Lunatic asylums in Bengal annual reports 1888-1898 - 1888-1898
Year: 1888
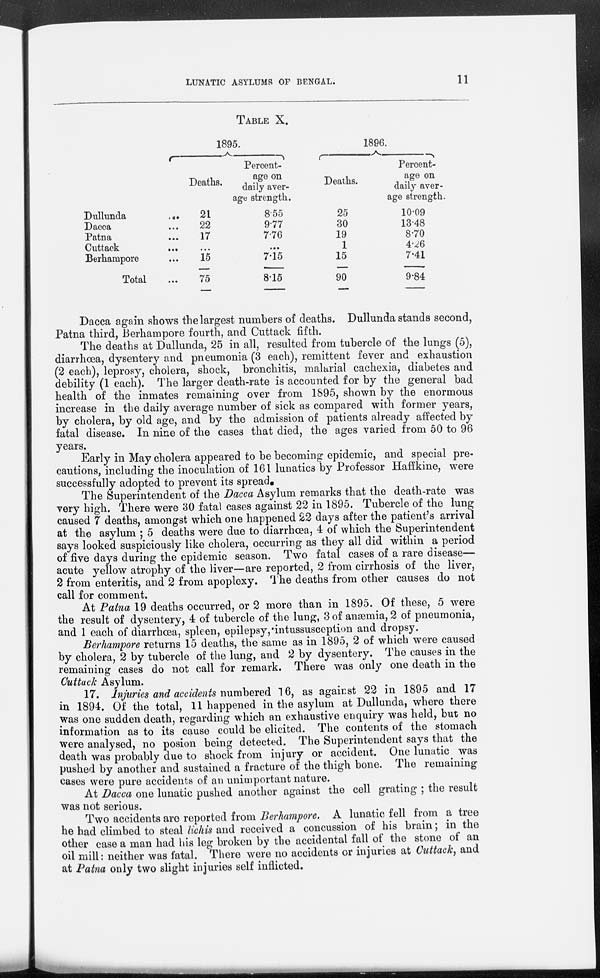
LUNATIC ASYLUMS OF BENGAL.
11
TABLE X.
Dullunda
...
Dacca ...
Patna ...
Cuttack
...
Berhampore ...
Total ...
1895.
Deaths.
21
22
17
...
15
75
Percent-
age on
daily aver-
age strength.
8.55
9.77
7.76
...
7.15
8.15
1896.
Deaths.
25
30
19
1
15
90
Percent-
age on
daily aver-
age strength.
10.09
13.48
8.70
4.26
7.41
9.84
Dacca again shows the largest numbers of deaths. Dullunda stands second,
Patna third, Berhampore fourth, and Cuttack fifth.
The deaths at Dullunda, 25 in all, resulted from tubercle of the lungs (5),
diarrhœa, dysentery and pneumonia (3 each), remittent fever and exhaustion
(2 each), leprosy, cholera, shock, bronchitis, malarial cachexia, diabetes and
debility (1 each). The larger death-rate is accounted for by the general bad
health of the inmates remaining over from 1895, shown by the enormous
increase in the daily average number of sick as compared with former years,
by cholera, by old age, and by the admission of patients already affected by
fatal disease. In nine of the cases that died, the ages varied from 50 to 96
years.
Early in May cholera appeared to be becoming epidemic, and special pre-
cautions, including the inoculation of 161 lunatics by Professor Haffkine, were
successfully adopted to prevent its spread.
The Superintendent of the Dacca Asylum remarks that the death-rate was
very high. There were 30 fatal cases against 22 in 1895. Tubercle of the lung
caused 7 deaths, amongst which one happened 22 days after the patient's arrival
at the asylum ; 5 deaths were due to diarrhœa, 4 of which the Superintendent
says looked suspiciously like cholera, occurring as they all did within a period
of five days during the epidemic season. Two fatal cases of a rare disease—
acute yellow atrophy of the liver—are reported, 2 from cirrhosis of the liver,
2 from enteritis, and 2 from apoplexy. The deaths from other causes do not
call for comment.
At Patna 19 deaths occurred, or 2 more than in 1895. Of these, 5 were
the result of dysentery, 4 of tubercle of the lung, 3 of anæmia, 2 of pneumonia,
and 1 each of diarrhœa, spleen, epilepsy, intussusception and dropsy.
Berhampore returns 15 deaths, the same as in 1895, 2 of which were caused
by cholera, 2 by tubercle of the lung, and 2 by dysentery. The causes in the
remaining cases do not call for remark. There was only one death in the
Cuttack Asylum.
17. Injuries and accidents numbered 16, as against 22 in 1895 and 17
in 1894. Of the total, 11 happened in the asylum at Dullunda, where there
was one sudden death, regarding which an exhaustive enquiry was held, but no
information as to its cause could be elicited. The contents of the stomach
were analysed, no posion being detected. The Superintendent says that the
death was probably due to shock from injury or accident. One lunatic was
pushed by another and sustained a fracture of the thigh bone. The remaining
cases were pure accidents of an unimportant nature.
At Dacca one lunatic pushed another against the cell grating ; the result
was not serious.
Two accidents are reported from Berhampore. A lunatic fell from a tree
he had climbed to steal lichis and received a concussion of his brain; in the
other case a man had his leg broken by the accidental fall of the stone of an
oil mill: neither was fatal. There were no accidents or injuries at Cuttack, and
at Patna only two slight injuries self inflicted.